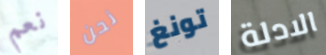
نعم نحن تونغ الادلة